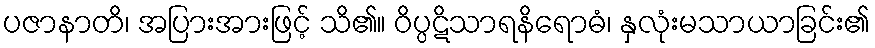
ပဇာနာတိ၊ အပြားအားဖြင့် သိ၏။ ဝိပ္ပဋိသာရနိရောဓံ၊ နှလုံးမသာယာခြင်း၏